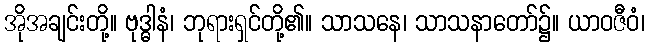
အိုအချင်းတို့။ ဗုဒ္ဓါနံ၊ ဘုရားရှင်တို့၏။ သာသနေ၊ သာသနာတော်၌။ ယာဝဇီဝံ၊